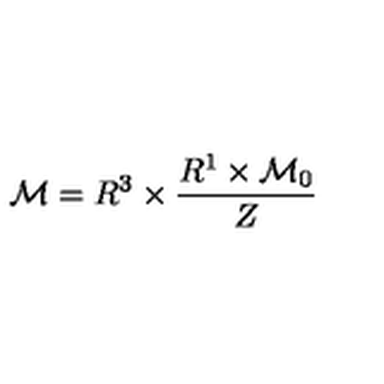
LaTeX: { \cal M } = R ^ { 3 } \times { \frac { R ^ { 1 } \times { \cal M } _ { 0 } } { Z } }